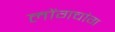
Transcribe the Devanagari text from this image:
लोंगचांग